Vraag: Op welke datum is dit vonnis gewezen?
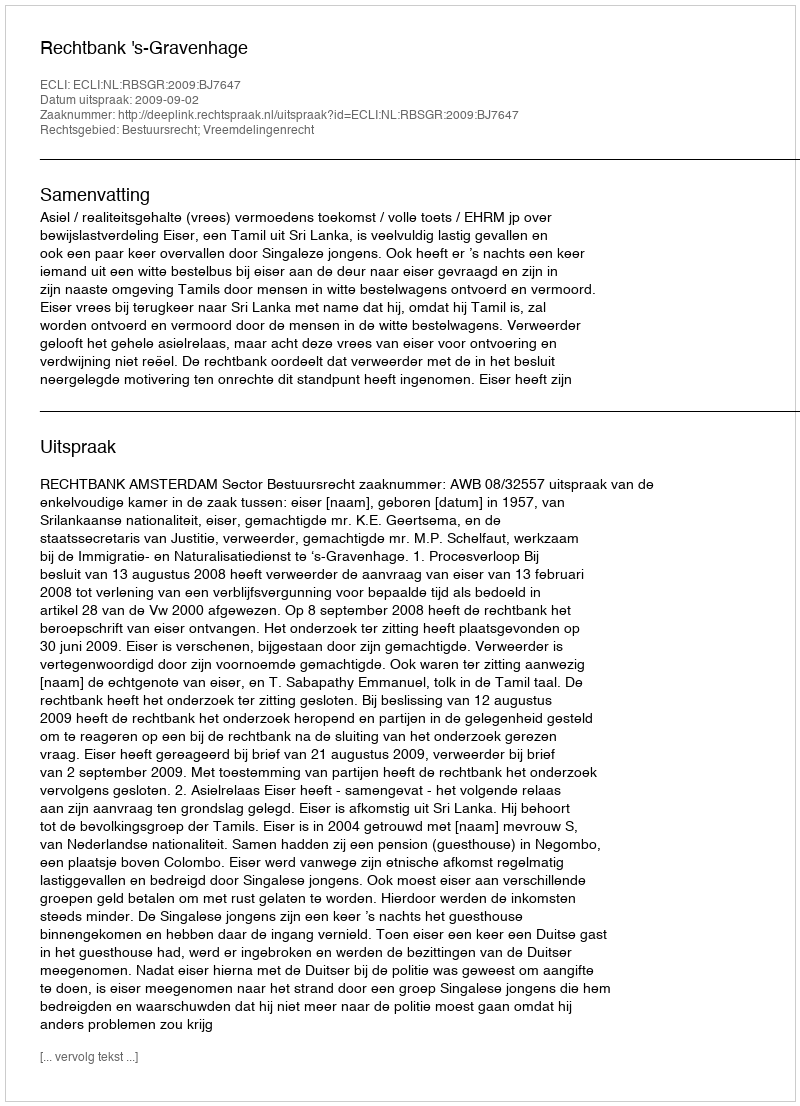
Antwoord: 2009-09-02